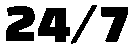
24/7